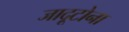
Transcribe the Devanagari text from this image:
जादूटोना